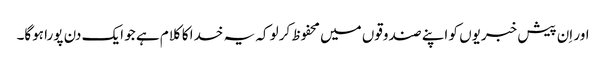
اور اِن پیش خبریوں کو اپنے صندوقوں میں محفوظ کرلو کہ یہ خدا کا کلام ہے جو ایک دن پورا ہوگا۔